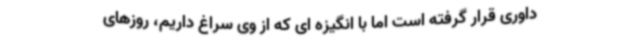
داوری قرار گرفته است اما با انگیزه ای که از وی سراغ داریم، روزهای